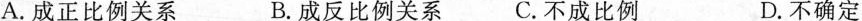
A. 成正比例关系 B. 成反比例关系 C. 不成比例 D. 不确定